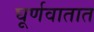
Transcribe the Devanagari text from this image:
घूर्णवातात